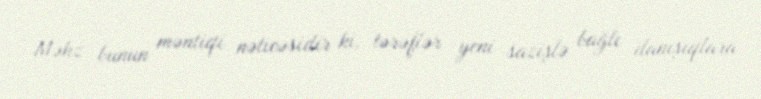
Məhz bunun məntiqi nəticəsidir ki, tərəflər yeni sazişlə bağlı danışıqlara